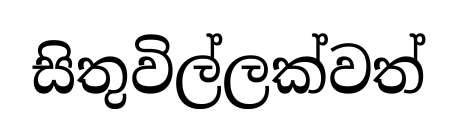
සිතුවිල්ලක්වත්